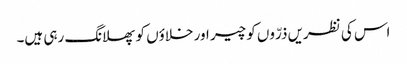
اس کی نظریں ذرّوں کو چیر اور خلاؤں کو پھلانگ رہی ہیں۔